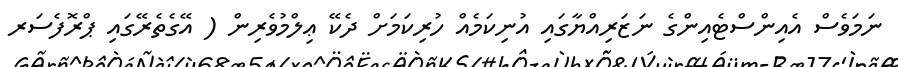
ނަމަވެސް އެއިންސްޓެއިންގެ ނަޒަރިއްޔާގައި އުނިކަމެއް ހުރިކަމަށް ދެކޭ ޢިލްމުވެރިން ( އޭގެތެރޭގައި ޕްރޮފެސަރ